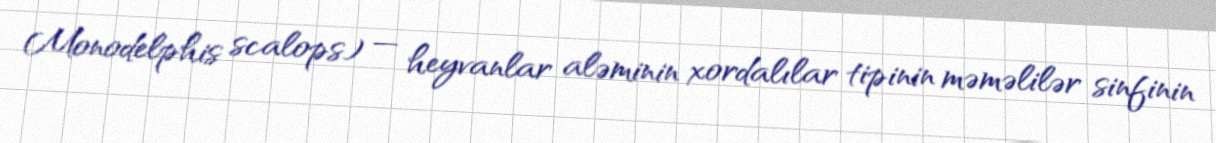
Monodelphis scalops) — heyvanlar aləminin xordalılar tipinin məməlilər sinfinin